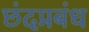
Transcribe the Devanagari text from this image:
छंदप्रबंध